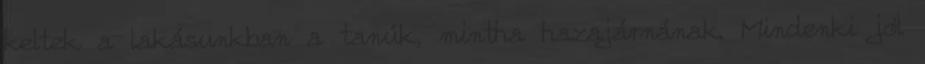
keltek a lakásunkban a tanúk, mintha hazajárnának. Mindenki jól